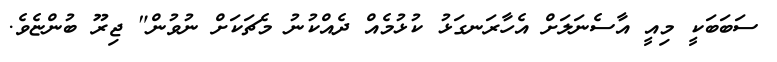
ސަބަބަކީ މިއީ އާސެނަލަށް އެހާރަނގަޅު ކުޅުމެއް ދެއްކުނު މެޗަކަށް ނުވުން" ޖިރޫ ބުންޏެވެ.